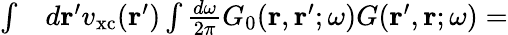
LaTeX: \begin{array}{rl}{\int}&{{}d\mathbf{r}^{\prime}v_{\mathrm{xc}}(\mathbf{r}^{\prime})\int\frac{d\omega}{2\pi}G_{0}(\mathbf{r},\mathbf{r}^{\prime};\omega)G(\mathbf{r}^{\prime},\mathbf{r};\omega)=}\end{array}